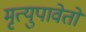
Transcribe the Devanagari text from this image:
मृत्युपावेतो